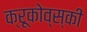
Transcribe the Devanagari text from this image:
क्रूकोव्स्की